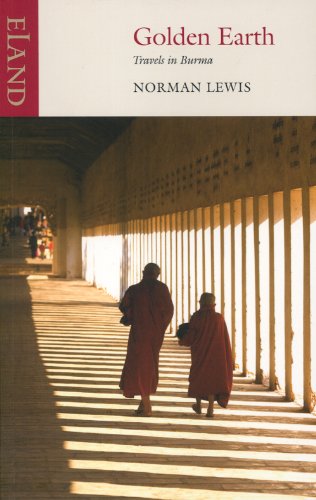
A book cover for Golden Earth: Travels in Burma; Norman Lewis; Travel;